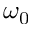
\omega _ { 0 }